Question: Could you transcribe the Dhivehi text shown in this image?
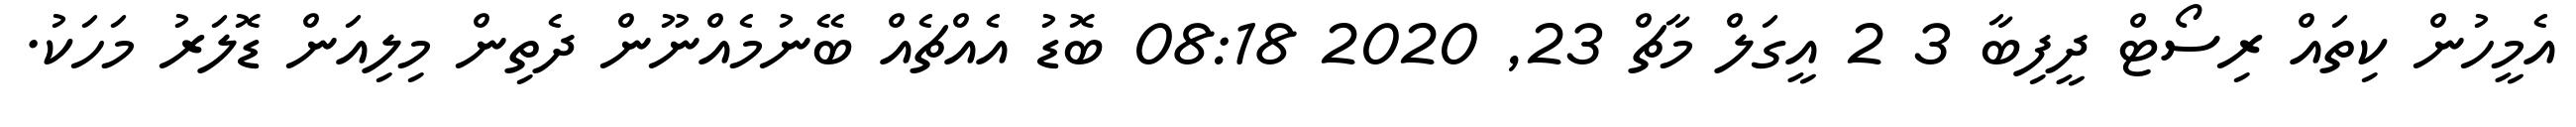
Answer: އެމީހުން ކިތައް ރިސޯޓް ދީފިބާ 3 2 އީގަލް މާޗް 23, 2020 08:18 ބޮޑު އެއްޗެއް ބޭނުމެއްނޫން ދެތިން މިލިއަން ޑޮލަރު މަހަކު.